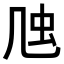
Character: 𠙍